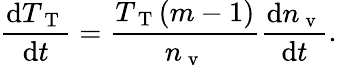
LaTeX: \frac{\mathrm{d}T_{\mathrm{~T~}}}{\mathrm{d}t}=\frac{T_{\mathrm{~T~}}(m-1)}{n_{\mathrm{~v~}}}\frac{\mathrm{d}n_{\mathrm{~v~}}}{\mathrm{d}t}.